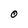
Character: 0